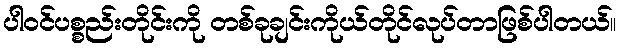
ပါ၀င်ပစ္စည်းတိုင်းကို တစ်ခုချင်းကိုယ်တိုင်လုပ်တာဖြစ်ပါတယ်။